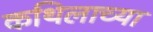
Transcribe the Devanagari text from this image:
कथिलाच्या